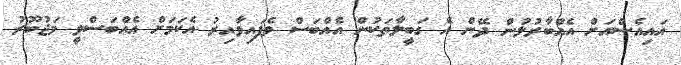
އައިއެސްއަށް އެއްބާރުލުން ދޭން އެ ގަބީލާތަކުން އެއްބަސް ވެފައިވާއިރު އެކަމަށް އެއްބަސްވީ މަޖުބޫރު